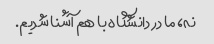
نه، ما در دانشگاه با هم آشنا شدیم.